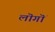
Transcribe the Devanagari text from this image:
लॊगॊं